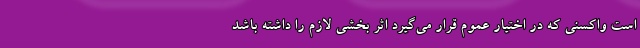
است واکسنی که در اختیار عموم قرار می‌گیرد اثر بخشی لازم را داشته باشد